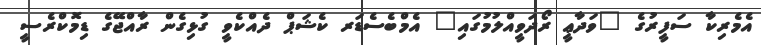
އެމެރިކާ ސަފީރުގެ "ވަދާޢީ ރޯދަވީއްލުމުގައި" އެމްބެސެޑަރ ކެޝަޕް ދެއްކެވީ ގުޅިގެން ރާއްޖޭގެ ޑިމޮކްރެސީ